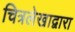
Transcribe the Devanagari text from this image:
चित्रलेखाद्वारा